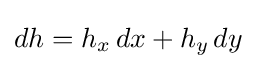
dh=h_{x}\,dx+h_{y}\,dy